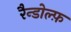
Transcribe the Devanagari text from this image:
रैन्डोल्फ़